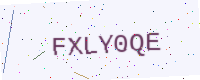
Text: FXLY0QE